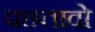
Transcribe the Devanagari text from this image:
पछतावो